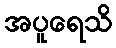
အပူရေသိ